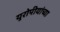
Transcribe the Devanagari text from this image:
युरोपीयांच्या